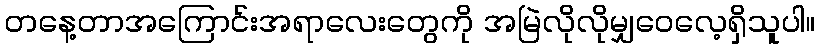
တနေ့တာအကြောင်းအရာလေးတွေကို အမြဲလိုလိုမျှဝေလေ့ရှိသူပါ။